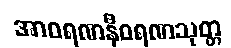
အာဝရဏနီဝရဏသုတ္တ